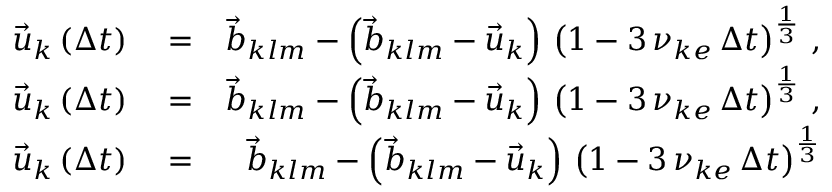
\begin{array} { r l r } { \vec { u } _ { k } \left( \Delta t \right) } & { { } = } & { \vec { b } _ { k l m } - \left( \vec { b } _ { k l m } - \vec { u } _ { k } \right) \, \left( 1 - 3 \, \nu _ { k e } \, \Delta t \right) ^ { \frac { 1 } { 3 } } \, , } \\ { \vec { u } _ { k } \left( \Delta t \right) } & { { } = } & { \vec { b } _ { k l m } - \left( \vec { b } _ { k l m } - \vec { u } _ { k } \right) \, \left( 1 - 3 \, \nu _ { k e } \, \Delta t \right) ^ { \frac { 1 } { 3 } } \, , } \\ { \vec { u } _ { k } \left( \Delta t \right) } & { { } = } & { \vec { b } _ { k l m } - \left( \vec { b } _ { k l m } - \vec { u } _ { k } \right) \, \left( 1 - 3 \, \nu _ { k e } \, \Delta t \right) ^ { \frac { 1 } { 3 } } } \end{array}